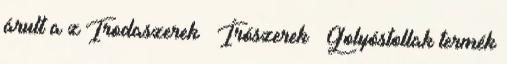
árult a z Irodaszerek Írószerek Golyóstollak termék